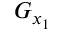
G _ { x _ { 1 } }